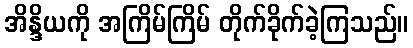
အိန္ဒိယကို အကြိမ်ကြိမ် တိုက်ခိုက်ခဲ့ကြသည်။